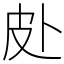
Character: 𱱿